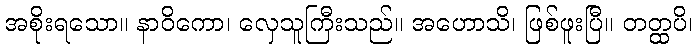
အစိုးရသော။ နာဝိကော၊ လှေသူကြီးသည်။ အဟောသိ၊ ဖြစ်ဖူးပြီ။ တတ္ထပိ၊